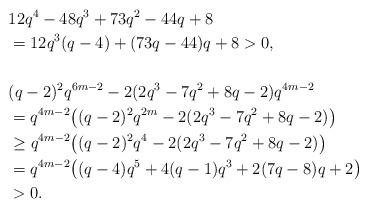
LaTeX: \begin{align*}& 12q^4-48q^3+73q^2-44q+8 \\&=12q^3(q-4)+(73q-44)q+8>0, \\& \\& (q-2)^2q^{6m-2}-2(2q^3-7q^2+8q-2)q^{4m-2} \\&=q^{4m-2}\bigl((q-2)^2q^{2m}-2(2q^3-7q^2+8q-2)\bigr) \\&\geq q^{4m-2}\bigl((q-2)^2q^4-2(2q^3-7q^2+8q-2)\bigr) \\&=q^{4m-2}\bigl((q-4)q^5+4(q-1)q^3+2(7q-8)q+2\bigr) \\&>0.\end{align*}